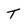
Character: T